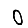
Digit: 0